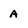
Character: A